Lunatic asylums Madras 1877-1891 - 1877-1891
Year: 1877
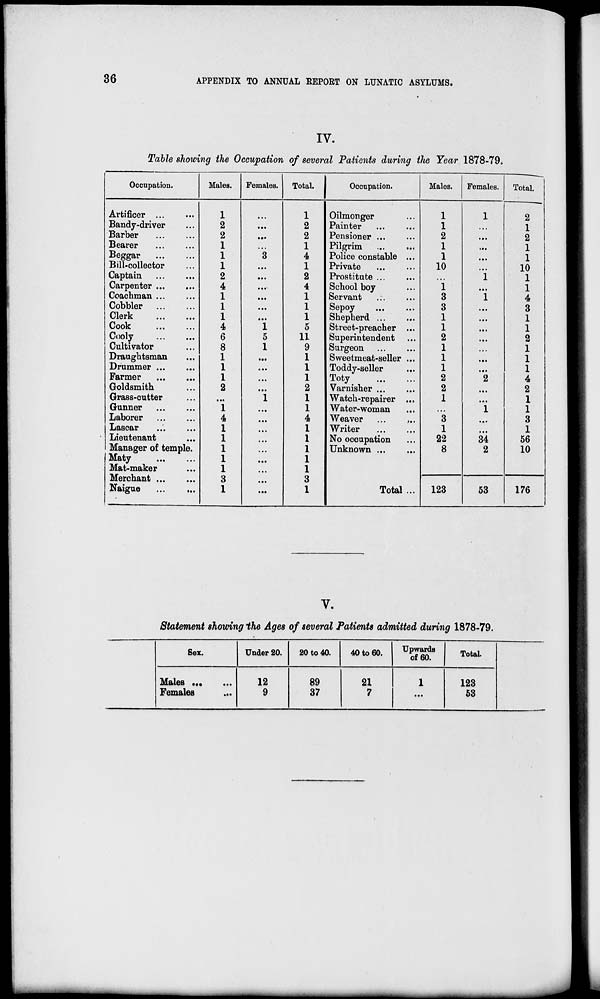
36
APPENDIX TO ANNUAL REPORT ON LUNATIC ASYLUMS.
IV.
Table showing the Occupation of several Patients during the Year 1878-79.
Occupation.
Artificer ... ...
Bandy-driver ...
Barber ... ...
Bearer ... ...
Beggar
...
...
Bill-collector ...
Captain
...
...
Carpenter
...
...
Coachman ... ...
Cobbler
...
...
Clerk
...
...
Cook
...
...
Cooly
...
...
Cultivator ... ...
Draughtsman ...
Drummer
...
...
Farmer
...
...
Goldsmith ...
Grass-cutter ...
Gunner
...
...
Laborer
...
...
Lascar ... ...
Lieutenant ... ...
Manager of temple.
Maty
...
...
Mat-maker ... ...
Merchant
...
...
Naigue
...
...
Males.
1
2
2
1
1
1
2
4
1
1
1
4
6
8
1
1
1
2
...
1
4
1
1
1
1
1
3
1
Females.
...
...
...
...
3
...
...
...
...
...
...
1
5
1
...
...
...
...
1
...
...
...
...
...
...
...
...
...
Total.
1
2
2
1
4
1
2
4
1
1
1
5
11
9
1
1
1
2
1
1
4
1
1
1
1
1
3
1
Occupation.
Oilmonger ...
Painter ... ...
Pensioner
...
...
Pilgrim ... ...
Police constable ...
Private
...
...
Prostitute
...
...
School boy ...
Servant ... ...
Sepoy ... ...
Shepherd
...
...
Street-preacher ...
Superintendent ...
Surgeon
...
...
Sweetmeat-seller ...
Toddy-seller ...
Toty
...
...
Varnisher
...
...
Watch-repairer ...
Water-woman ...
Weaver
...
...
Writer
...
...
No occupation ...
Unknown
...
...
Total ...
Males.
1
1
2
1
1
10
...
1
3
3
1
1
2
1
1
1
2
2
1
...
3
1
22
8
123
Females.
1
...
...
...
...
...
1
...
1
...
...
...
...
...
...
...
2
...
...
1
...
...
34
2
53
Total.
2
1
2
1
1
10
1
1
4
3
1
1
2
1
1
1
4
2
1
1
3
1
56
10
176
V.
Statement showing the Ages of several Patients admitted during 1878-79.
Sex.
Males
...
...
Females ...
Under 20.
12
9
20 to 40.
89
37
40 to 60.
21
7
Upwards
of 60.
1
...
Total.
123
53